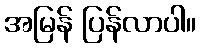
အမြန် ပြန်လာပါ။